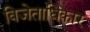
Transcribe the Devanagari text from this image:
विजेताधिकार